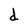
Character: d